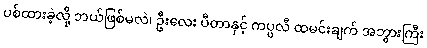
ပစ်ထားခဲ့လို့ ဘယ်ဖြစ်မလဲ၊ ဦးလေး ပီတာနှင့် ကပ္ပလီ ထမင်းချက် အဘွားကြီး